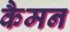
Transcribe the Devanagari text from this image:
कैमन